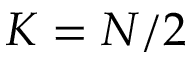
K = N / 2